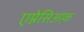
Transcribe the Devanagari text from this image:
एम्नेसिआ़क